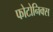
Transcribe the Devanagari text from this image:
फोटोनिक्स